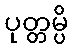
ပုတ္တမ္ပိ